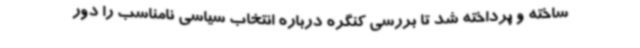
ساخته و پرداخته شد تا بررسی کنگره درباره انتخاب سیاسی نامناسب را دور